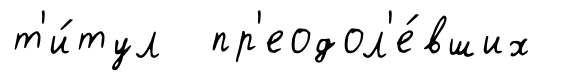
т'и́тул пр'еодол'е́вших